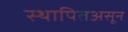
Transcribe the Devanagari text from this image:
स्थापितअसून